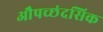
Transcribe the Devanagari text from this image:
औपच्छंदसिक